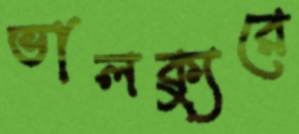
ভালক্যুরে